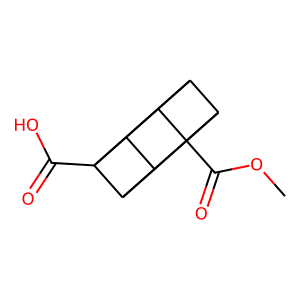
SMILES: COC(=O)C12C3C4C1C1C2C3C41C(=O)O
Inhibits HIV replication: No